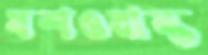
যশওয়ান্ত